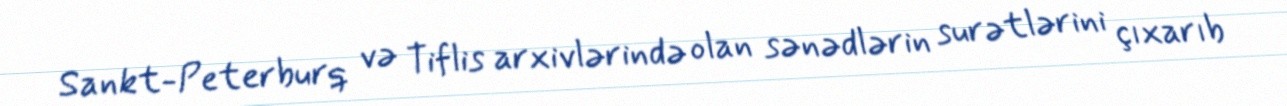
Sankt-Peterburq və Tiflis arxivlərində olan sənədlərin surətlərini çıxarıb